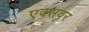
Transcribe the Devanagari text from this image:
एक्सवर